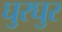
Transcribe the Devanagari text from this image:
घुरघुर